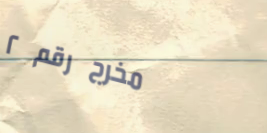
مخرج رقم ٢